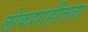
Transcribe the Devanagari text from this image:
लोकशाहीतला